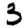
Digit: 3